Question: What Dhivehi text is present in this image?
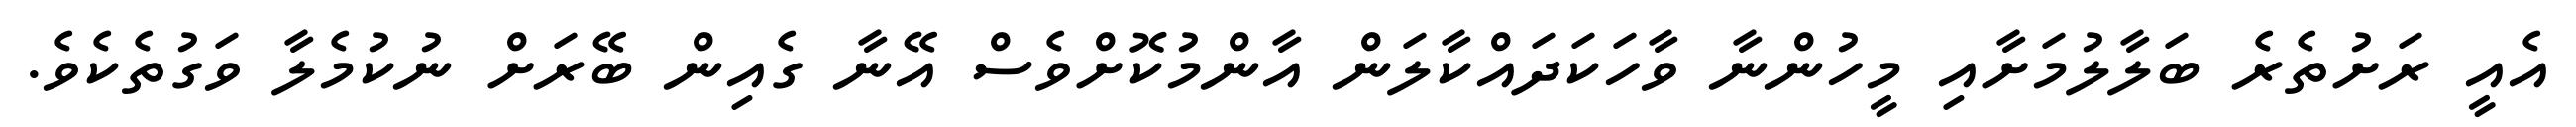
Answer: އެއީ ރަށުތެރެ ބަލާލުމަށާއި މީހުންނާ ވާހަކަދައްކާލަން އާންމުކޮށްވެސް އޭނާ ގެއިން ބޭރަށް ނުކުމެލާ ވަގުތެކެވެ.